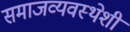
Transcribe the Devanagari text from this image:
समाजव्यवस्थेशी